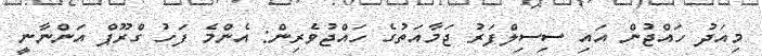
މިއަދު ހައްޖުން އައި ސިސިލްފަރު ޖަމާއަތުގެ ހައްޖުވެރިން: އެންމެ ފަހު ގްރޫޕް އަންނާނީ